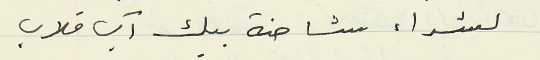
لشراء شاحنة بيك آب قلاب